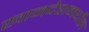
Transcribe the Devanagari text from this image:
खानदेशमधील